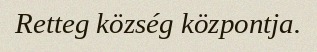
Retteg község központja.